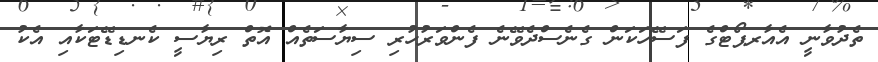
ތެދުވާނީ އެއާރޕޯޓްގެ ފަސޭހަކަން ގެނެސްދެވޭނެ ފެންވަރުހުރި ސިޔާސަތެއް އޮތް ރިޔާސީ ކެނޑިޑޭޓަކާއި އެކު